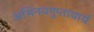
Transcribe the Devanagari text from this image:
अभिनवगुप्ताचार्य